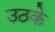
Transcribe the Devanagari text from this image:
उठके